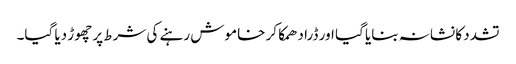
تشدد کا نشانہ بنایا گیا اور ڈرا دھمکا کر خاموش رہنے کی شرط پر چھوڑ دیا گیا۔